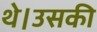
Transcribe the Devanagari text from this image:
थे।उसकी